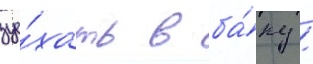
уе́хать в ба́ку /